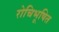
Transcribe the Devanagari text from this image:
रोचिभूषित